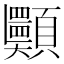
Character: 𩖂